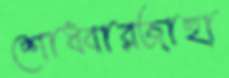
শোধবারজাহা